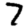
Digit: 7